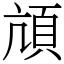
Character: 頏